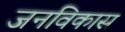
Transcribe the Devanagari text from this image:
जनविकास